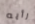
رأيه